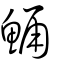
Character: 鯒